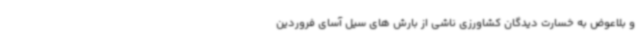
و بلاعوض به خسارت دیدگان کشاورزی ناشی از بارش های سیل آسای فروردین